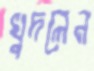
খুদলেন